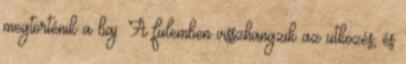
megtörténik a baj. A fülemben visszhangzik az ütközés, és